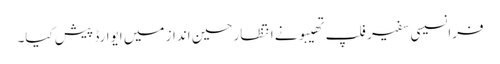
فرانسیسی سفیر فلپ تھیبو نے انتظار حسین انداز میں ایوارڈ پیش کیا۔